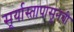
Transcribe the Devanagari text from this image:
सूर्यास्तापासूनची